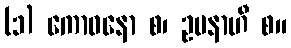
(၁) ကောဓနော စ၊ ဥပနာဟီ စ။